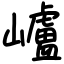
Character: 㠠